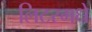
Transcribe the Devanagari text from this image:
लिटरमधे